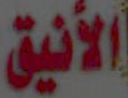
الأنيق